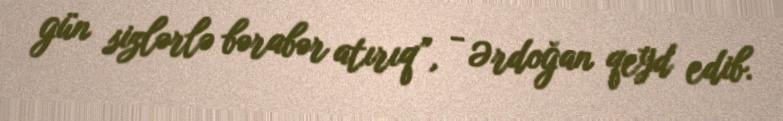
gün sizlərlə bərabər atırıq”, - Ərdoğan qeyd edib.